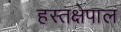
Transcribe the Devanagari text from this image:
हस्तक्षेपाल